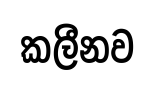
කලීනව